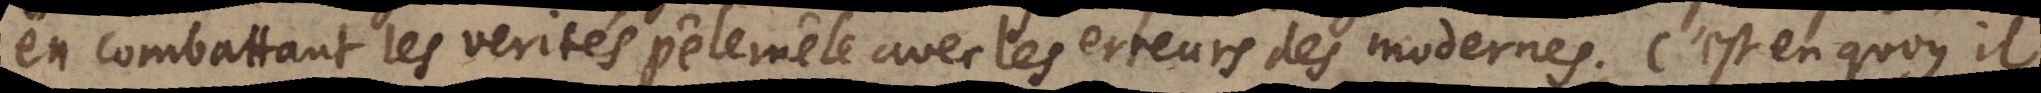
en combattant les verités pêle mêle avec les erreurs des modernes. C’est en quoy il